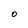
Character: O